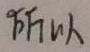
所以